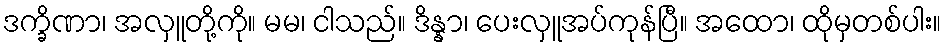
ဒက္ခိဏာ၊ အလှူတို့ကို။ မမ၊ ငါသည်။ ဒိန္နာ၊ ပေးလှူအပ်ကုန်ပြီ။ အထော၊ ထိုမှတစ်ပါး။